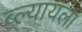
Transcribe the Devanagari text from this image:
ब्ल्यायला